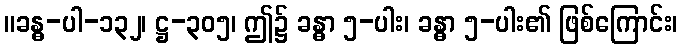
။ခန္ဓ-ပါ-၁၃၂၊ ဋ္ဌ-၃၀၅၊ ဤ၌ ခန္ဓာ ၅-ပါး၊ ခန္ဓာ ၅-ပါး၏ ဖြစ်ကြောင်း၊